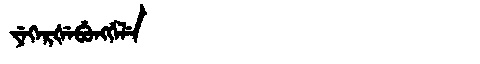
Manchu: ᠶᡝᡴᡝᡵᡧᡝᠪᡠᠩᡤᡝᠯᡝ
Romanization: YEKERŠEBUNGGELE